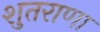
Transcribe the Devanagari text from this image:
शुतराणा